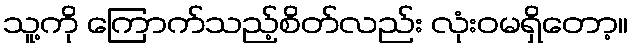
သူ့ကို ကြောက်သည့်စိတ်လည်း လုံးဝမရှိတော့။